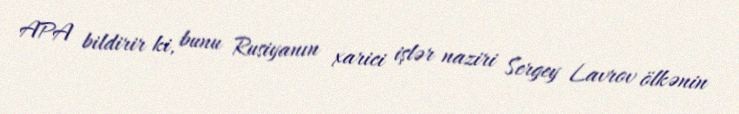
APA bildirir ki, bunu Rusiyanın xarici işlər naziri Sergey Lavrov ölkənin